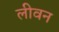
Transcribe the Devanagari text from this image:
लीवन